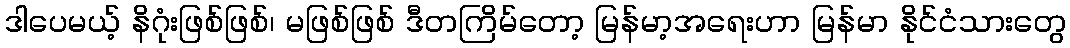
ဒါပေမယ့် နိဂုံးဖြစ်ဖြစ်၊ မဖြစ်ဖြစ် ဒီတကြိမ်တော့ မြန်မာ့အရေးဟာ မြန်မာ နိုင်ငံသားတွေ